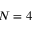
N = 4